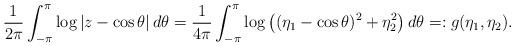
LaTeX: \begin{align*}\frac1{2\pi} \int_{-\pi}^{\pi}\log |z-\cos\theta| \,d\theta=\frac1{4\pi} \int_{-\pi}^{\pi}\log \big((\eta_1-\cos\theta)^2 + \eta_2^2\big) \,d\theta=: g(\eta_1,\eta_2).\end{align*}